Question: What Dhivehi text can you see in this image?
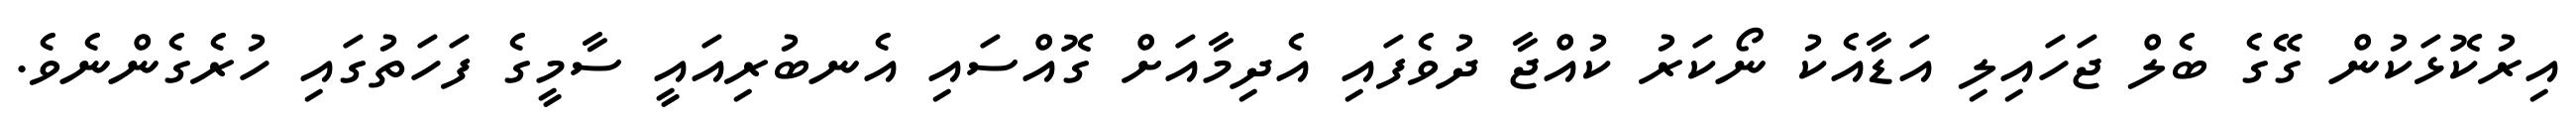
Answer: އިރުކޮޅަކުން ގޭގެ ބެލް ޖަހައިލި އަޑާއެކު ނޯކަރު ކުއްޖާ ދުވެފައި އެދިމާއަށް ގޮއްސައި އެނބުރިއައީ ސާމީގެ ފަހަތުގައި ހުރެގެންނެވެ.